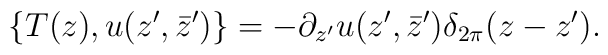
\{T(z),u(z',\bar z')\}=-\partial_{z'}u(z',\bar z')\delta_{2\pi}(z-z').